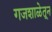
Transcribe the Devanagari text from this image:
गजशाळेतून